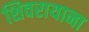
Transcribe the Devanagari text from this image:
शिवरायाना